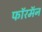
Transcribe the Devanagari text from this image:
फॉरमॅन